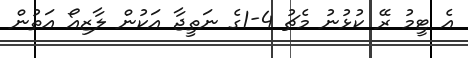
އެ ޓީމު ރޭ ކުޅުނު މެޗު 4-1ގެ ނަތީޖާ އަކުން ލާޒިއޯ އަތުން